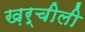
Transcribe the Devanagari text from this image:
ख़र्चीली